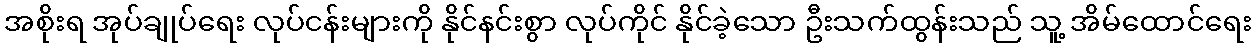
အစိုးရ အုပ်ချုပ်ရေး လုပ်ငန်းများကို နိုင်နင်းစွာ လုပ်ကိုင် နိုင်ခဲ့သော ဦးသက်ထွန်းသည် သူ့ အိမ်ထောင်ရေး